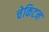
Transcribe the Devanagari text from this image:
चेकिटन